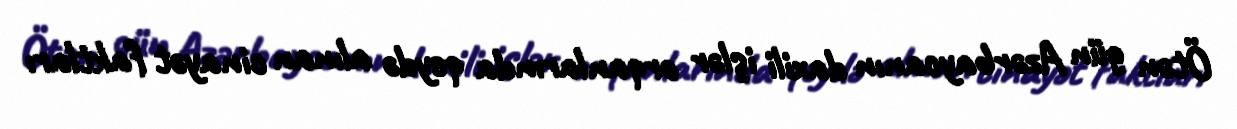
Ötən gün Azərbaycanın daxili işlər orqanlarında qeydə alınan cinayət faktları